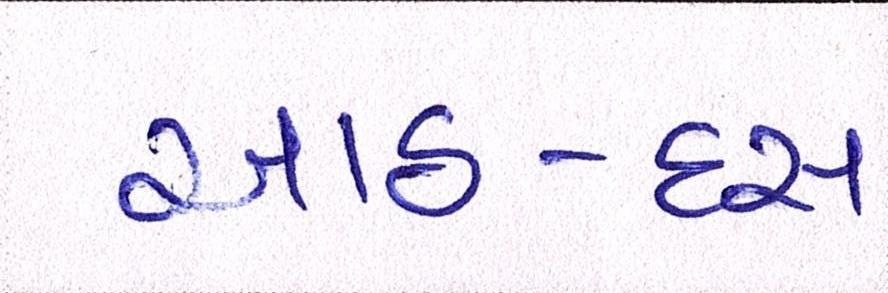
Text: આઠ-દસ